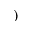
)